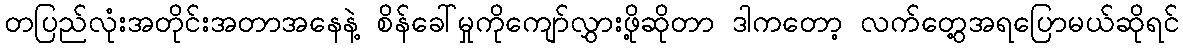
တပြည်လုံးအတိုင်းအတာအနေနဲ့ စိန်ခေါ်မှုကိုကျော်လွှားဖို့ဆိုတာ ဒါကတော့ လက်တွေ့အရပြောမယ်ဆိုရင်